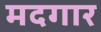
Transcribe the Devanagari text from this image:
मदगार